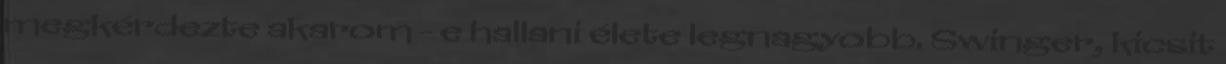
megkérdezte akarom - e hallani élete legnagyobb. Swinger, kicsit